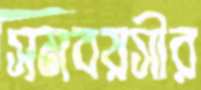
সমবয়সীর